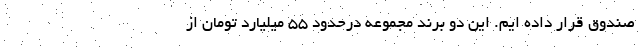
صندوق قرار داده ایم. این دو برند مجموعه درحدود 55 میلیارد تومان از